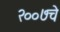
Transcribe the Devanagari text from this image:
२००७चे